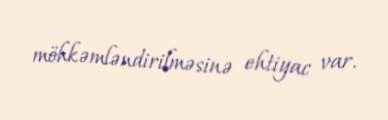
möhkəmləndirilməsinə ehtiyac var.